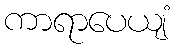
ကာရာပေယျံ